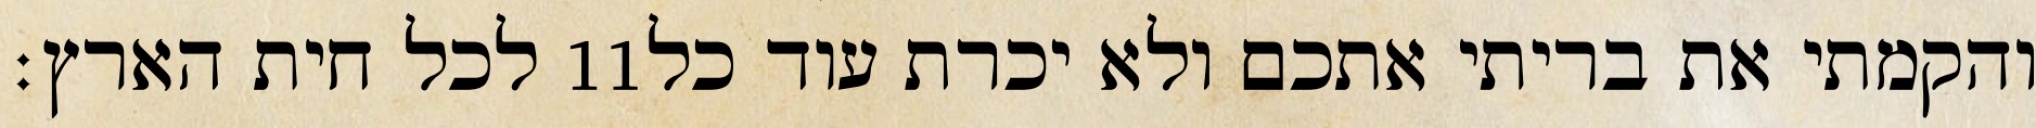
לכל חית הארץ׃ ‎11‏ והקמתי את בריתי אתכם ולא יכרת עוד כל